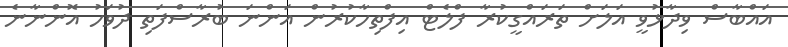
އައްބާސް ވިދާޅުވީ އަލަށް ތަރައްގީކުރާ ފްލެޓް އިފްތިހާކުރުން އަންނަ ބުރާސްފަތި ދުވަހު އޮންނާނެ